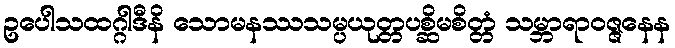
ဥပေါသထဂ္ဂါဒီနိ သောမနဿသမ္ပယုတ္တပစ္ဆိမစိတ္တံ သမ္ဘာရာဝဇ္ဇနေန